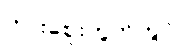
ကားဈေးကွက်တွင်